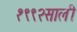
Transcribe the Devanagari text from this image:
१९९२साली